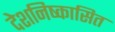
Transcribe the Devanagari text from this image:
देशनिष्कासित